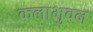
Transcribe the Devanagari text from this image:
कलाभुवन